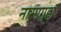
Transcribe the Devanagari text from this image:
नासागुहा